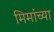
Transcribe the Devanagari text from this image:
मिमांच्या